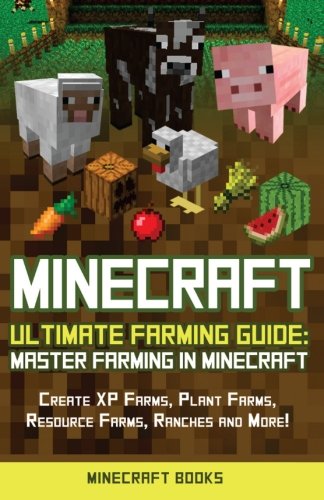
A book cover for Minecraft: Ultimate Farming Guide: Master Farming in Minecraft - Create XP Farms, Plant Farms, Resource Farms, Ranches and More!; Minecraft Books; Humor & Entertainment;